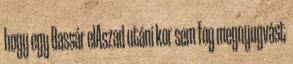
hogy egy Bassár elAszad utáni kor sem fog megnyugvást